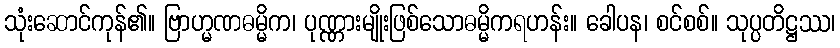
သုံးဆောင်ကုန်၏။ ဗြာဟ္မဏဓမ္မိက၊ ပုဏ္ဏားမျိုးဖြစ်သောဓမ္မိကရဟန်း။ ခေါပန၊ စင်စစ်။ သုပ္ပတိဋ္ဌဿ၊